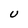
Character: U